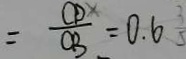
= \frac { C D } { C B } = 0 . 6